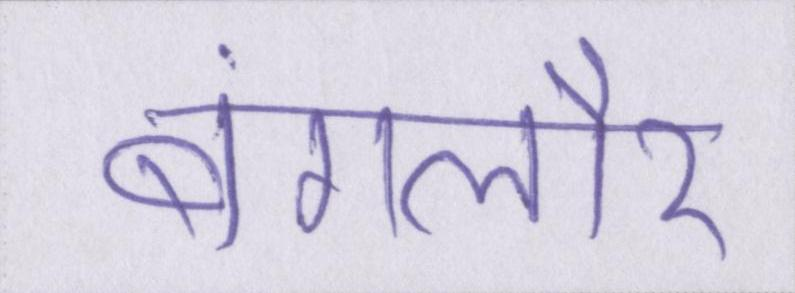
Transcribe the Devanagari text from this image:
बंगलौर